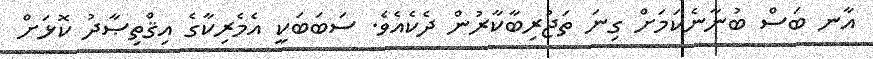
އާނ ބަސް ބުނާނެކަމަށް ގިނަ ތަޖުރިބާކާރުން ދެކެއެވެ. ސަބަަބަކީ އެމެރިކާގެ އިޤްތިޞާދު ކޮޅަށް